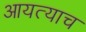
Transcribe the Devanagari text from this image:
आयत्याच